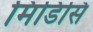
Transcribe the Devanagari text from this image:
मिडिसि